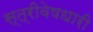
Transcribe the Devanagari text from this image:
स्त्रीवेषधारी